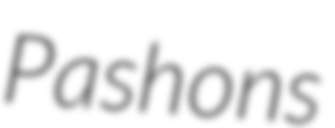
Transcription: Pashons